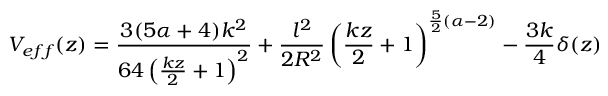
V _ { e f f } ( z ) = \frac { 3 ( 5 \alpha + 4 ) k ^ { 2 } } { 6 4 \left( { \frac { k z } { 2 } } + 1 \right) ^ { 2 } } + { \frac { l ^ { 2 } } { 2 R ^ { 2 } } } \left( { \frac { k z } { 2 } } + 1 \right) ^ { { \frac { 5 } { 2 } } ( \alpha - 2 ) } - { \frac { 3 k } { 4 } } \delta ( z )